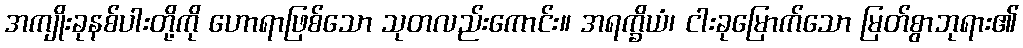
အကျိုးခုနစ်ပါးတို့ကို ဟောရာဖြစ်သော သုတလည်းကောင်း။ အရက္ခိယံ၊ ငါးခုမြောက်သော မြတ်စွာဘုရား၏